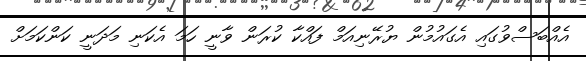
އެއްބަސްވުގައި އެގައުމުން ޔުރޭނިއަމް ފައްކާ ކުރަން ވާނީ ހަމަ އެކަނި މަދަނީ ކަންކަމަށް